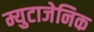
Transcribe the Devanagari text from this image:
म्युटाजेनिक